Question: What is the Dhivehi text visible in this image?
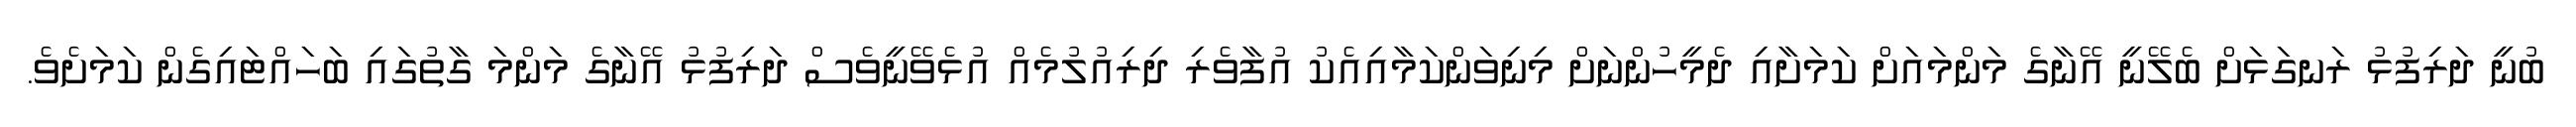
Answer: ބުނީ ދަރިފުޅު ރަނގަޅަށް ބެލޭނީ އޭނާގެ މަންމައަށް ކަމަށާއި ދެމީހުންނަށް މިނިވަންކަމާއިއެކު އުފާވެރި ދިރިއުލުމެއް އުޅެވޭނީވެސް ދަރިފުޅު އޭނާގެ މަންމަ ގާތުގައި ބަހައްޓައިގެން ކަމަށެވެ.